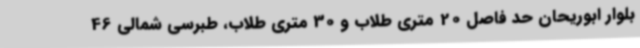
بلوار ابوریحان حد فاصل 20 متری طلاب و 30 متری طلاب، طبرسی شمالی 46